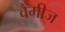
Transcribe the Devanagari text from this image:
वैमीज